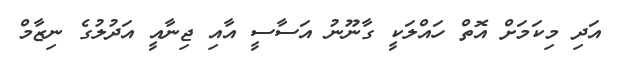
އަދި މިކަމަށް އޮތް ހައްލަކީ ގާނޫނު އަސާސީ އާއި ޖިނާއީ އަދުލުގެ ނިޒާމް